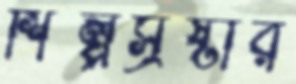
শিল্পস্রষ্টার